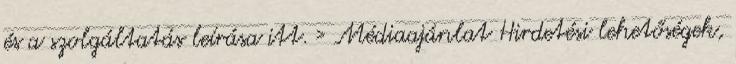
és a szolgáltatás leírása itt. › Médiaajánlat Hirdetési lehetőségek,